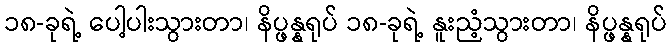
၁၈-ခုရဲ့ ပေါ့ပါးသွားတာ၊ နိပ္ဖန္နရုပ် ၁၈-ခုရဲ့ နူးညံ့သွားတာ၊ နိပ္ဖန္နရုပ်